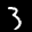
Label: 3